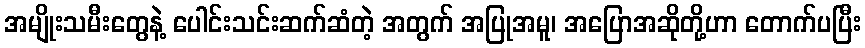
အမျိုးသမီးတွေနဲ့ ပေါင်းသင်းဆက်ဆံတဲ့ အတွက် အပြုအမူ၊ အပြောအဆိုတို့ဟာ တောက်ပပြီး